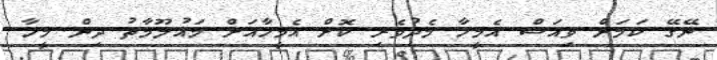
ނޭގޭ ކަމަށް ވިއަސް އެމީހާ މެދުވެރި ކޮށް އެމީހާއަށް މައުލޫމާތު ދިން މީހާ